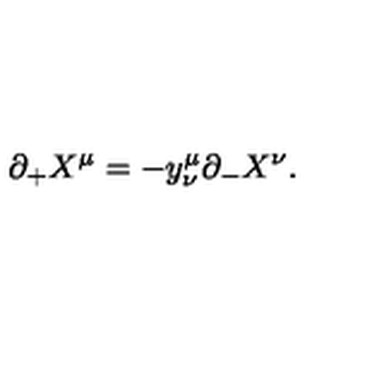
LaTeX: \partial _ { + } X ^ { \mu } = - y _ { \nu } ^ { \mu } \partial _ { - } X ^ { \nu } .